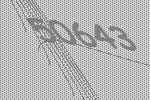
50643